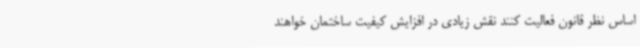
اساس نظر قانون فعالیت کنند نقش زیادی در افزایش کیفیت ساختمان خواهند